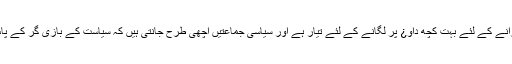
لیکن پی پی پی، تحریک انصا ف کی حکومت کو گرانے کے لئے بہت کچھ داو¿ پر لگانے کے لئے تیار ہے اور سیاسی جماعتیں اچھی طرح جانتی ہیں کہ سیاست کے بازی گر کے پاس ایسے کئی پتے ہیں جو ابھی تک ظاہر نہیں کئے۔